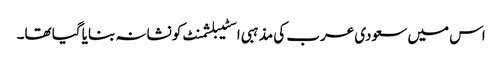
اس میں سعودی عرب کی مذہبی اسٹیبلشمنٹ کو نشانہ بنایا گیا تھا۔